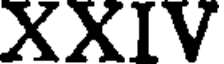
XXIV